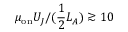
\mu _ { \mathrm { o n } } U _ { J } / ( \frac { 1 } { 2 } L _ { A } ) \gtrsim 1 0